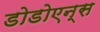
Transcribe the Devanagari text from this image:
डोडोएन्स